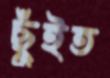
ছুঁইত